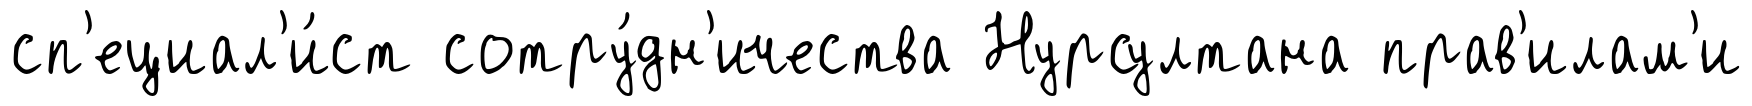
сп'ециал'и́ст сотру́дн'ичества Нурсултана прав'илам'и